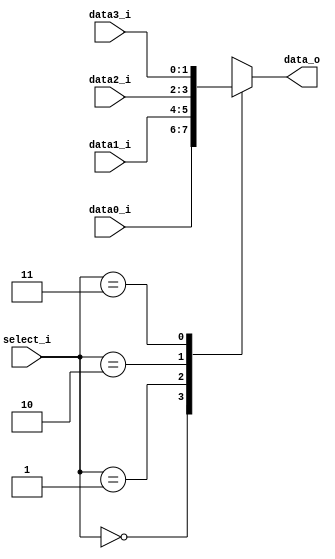
//  0516205  0516228
//Subject:     CO project 2 - MUX 221
//--------------------------------------------------------------------------------
//Version:     1
//--------------------------------------------------------------------------------
//Writer:      Luke
//----------------------------------------------
//Date:        
//----------------------------------------------
//Description: 
//--------------------------------------------------------------------------------
     
module MUX_4to1(
               data0_i,
               data1_i,
               data2_i,
               data3_i,
               select_i,
               data_o
               );

parameter size = 0;			   
			
//I/O ports               
input   [size-1:0] data0_i;          
input   [size-1:0] data1_i;
input   [size-1:0] data2_i;
input   [size-1:0] data3_i;
input   [2-1:0]    select_i;
output  [size-1:0] data_o; 

//Internal Signals
reg     [size-1:0] data_o;

//Main function
always @(*) begin
	case(select_i)
		2'b00: data_o <= data0_i;
        2'b01: data_o <= data1_i;
        2'b10: data_o <= data2_i;
        2'b11: data_o <= data3_i;
        default: data_o <= data0_i;
    endcase
end

endmodule